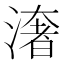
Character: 㵔